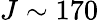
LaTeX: J\sim 170